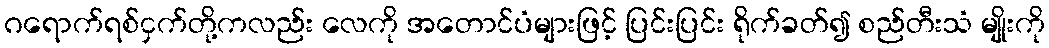
ဂရောက်ရစ်ငှက်တို့ကလည်း လေကို အတောင်ပံများဖြင့် ပြင်းပြင်း ရိုက်ခတ်၍ စည်တီးသံ မျိုးကို